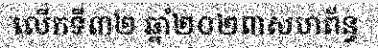
លើកទី៣២ ឆ្នាំ២០២៣សហព័ន្ធ